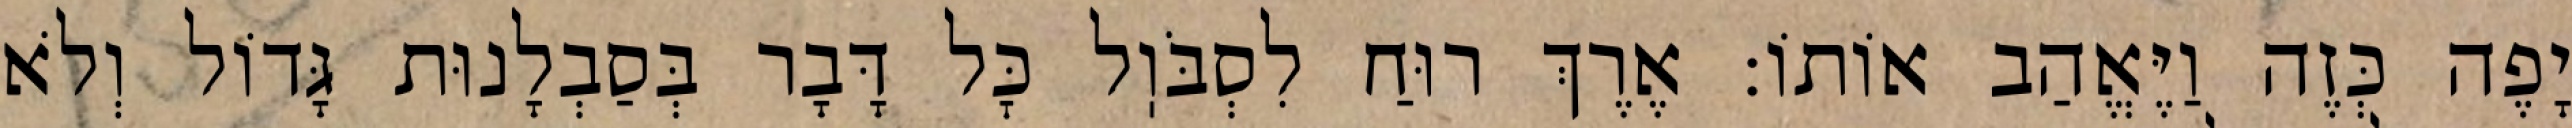
יָפֶה כְּזֶה וַיֶּאֱהַב אוֹתוֹ: אֶרֶךְ רוּחַ לִסְבֹּוֽל כׇּל דָּבָר בְּסַבְלָנוּת גָּדוֹל וְלֹא